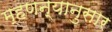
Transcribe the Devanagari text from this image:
म्हणन्यानुसार